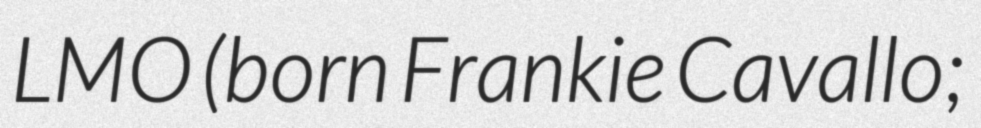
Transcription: LMO (born Frankie Cavallo;